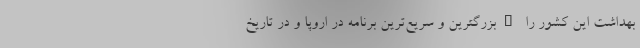
بهداشت این کشور را "بزرگترین و سریع‌ترین برنامه در اروپا و در تاریخ